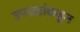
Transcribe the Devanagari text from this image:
उपग्रहांकडून